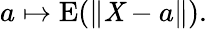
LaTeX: a\mapsto\operatorname{E}(\| \mathit{X}-a\| ).